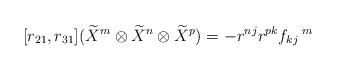
LaTeX: \begin{align*}[r_{21},r_{31}](\widetilde{X}^{m}\otimes \widetilde{X}^{n}\otimes \widetilde{X}^{p})=-r^{nj}r^{pk}f_{kj}\,^{m}\end{align*}